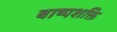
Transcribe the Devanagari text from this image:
बाष्पशक्ति